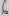
Text: 6